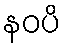
နဝပိ